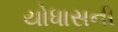
યોધાસની